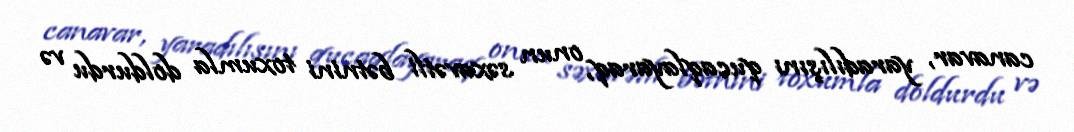
canavar, yaradılışını qucaqlayaraq, onun səxavətli bətnini toxumla doldurdu və